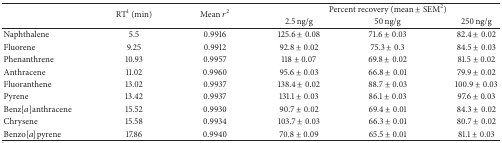
| <ROWSPAN=2>  | <ROWSPAN=2> RT1 (min) | <ROWSPAN=2> Mean r2 | <COLSPAN=3> Percent recovery (mean ± SEM2) |
 | 2.5 ng/g | 50 ng/g | 250 ng/g |
 | --- | --- | --- | --- | --- | --- |
 | Naphthalene | 5.5 | 0.9916 | 125.6 ± 0.08 | 71.6 ± 0.03 | 82.4 ± 0.02 |
 | Fluorene | 9.25 | 0.9912 | 92.8 ± 0.02 | 75.3 ± 0.3 | 84.5 ± 0.03 |
 | Phenanthrene | 10.93 | 0.9957 | 118 ± 0.07 | 69.8 ± 0.02 | 81.5 ± 0.02 |
 | Anthracene | 11.02 | 0.9960 | 95.6 ± 0.03 | 66.8 ± 0.01 | 79.9 ± 0.02 |
 | Fluoranthene | 13.02 | 0.9937 | 138.4 ± 0.02 | 88.7 ± 0.03 | 100.9 ± 0.03 |
 | Pyrene | 13.42 | 0.9937 | 131.1 ± 0.03 | 86.1 ± 0.03 | 97.6 ± 0.03 |
 | Benz[a]anthracene | 15.52 | 0.9930 | 90.7 ± 0.02 | 69.4 ± 0.01 | 84.3 ± 0.02 |
 | Chrysene | 15.58 | 0.9934 | 103.7 ± 0.03 | 66.3 ± 0.01 | 80.7 ± 0.02 |
 | Benzo[a]pyrene | 17.86 | 0.9940 | 70.8 ± 0.09 | 65.5 ± 0.01 | 81.1 ± 0.03 |